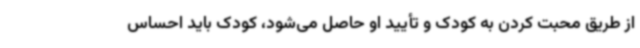
از طریق محبت کردن به کودک و تأیید او حاصل می‌شود، کودک باید احساس